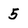
Character: 5